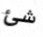
شئ